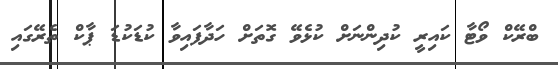
ބްރޭކް ވޯޓާ ކައިރީ ކުދިންނަށް ކުޅެވޭ ގޮތަށް ހަދާފައިވާ ކުޑަކުޑަ ޕާކް ތެރޭގައި